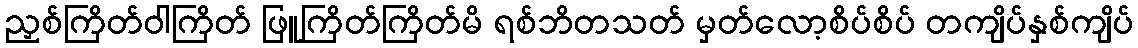
ညှစ်ကြိတ်ဝါကြိတ် ဖြူကြိတ်ကြိတ်မိ ရစ်ဘိတသတ် မှတ်လော့စိပ်စိပ် တကျိပ်နှစ်ကျိပ်